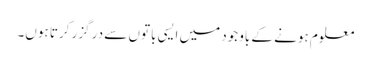
معلوم ہونے کے باوجود میں ایسی باتوں سے در گزر کرتا ہوں۔